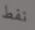
نفط